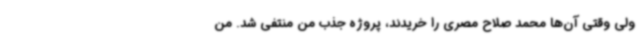
ولی وقتی آن‌ها محمد صلاح مصری را خریدند، پروژه جذب من منتفی شد. من